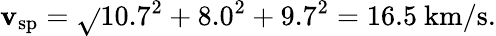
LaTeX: \mathbf{v}_{\mathrm{{sp}}}={\sqrt{}{{10.7^{2}+8.0^{2}+9.7^{2}}}}=16.5~{\mathrm{{km/s}}}.